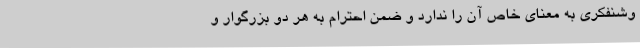
وشنفکری به معنای خاص آن را ندارد و ضمن احترام به هر دو بزرگوار و